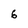
Character: 6